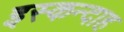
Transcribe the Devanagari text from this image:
इस्कन्दाह